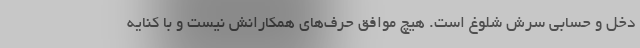
دخل و حسابی سرش شلوغ است. هیچ موافق حرف‌های همکارانش نیست و با کنایه